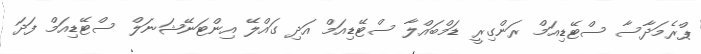
ޕްރެމަދާސާ ސްޓޭޑިއަމް ރަންގިރީ ޑަމްބައްލާ ސްޓޭޑިއަމް އަދި ގައްލޭ އިންޓަނޭޝަނަލް ސްޓޭޑިއަމް ފަދަ